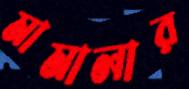
মামালার